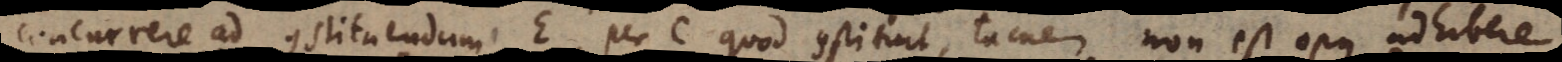
concurrere ad constituendum E, per C quod constituit, tamen non est opus adhibere